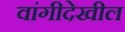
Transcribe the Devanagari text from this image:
वांगीदेखील